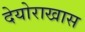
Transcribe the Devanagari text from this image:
देयोराखास